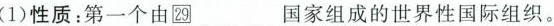
(1)性质：第一个由29_国家组成的世界性国际组织。